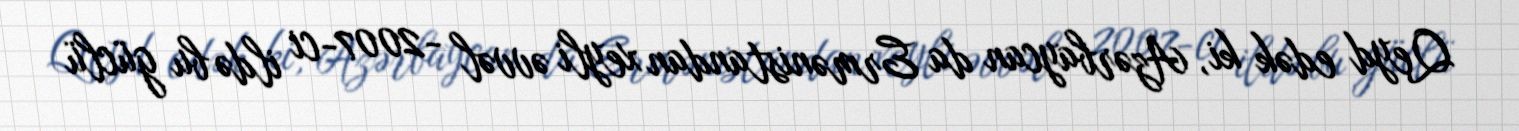
Qeyd edək ki, Azərbaycan da Ermənistandan xeyli əvvəl -2007-ci ildə bu güclü